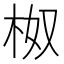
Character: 𭩯